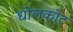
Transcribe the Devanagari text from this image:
धोलकोट